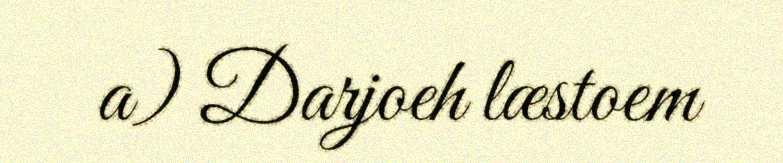
a) Darjoeh læstoem